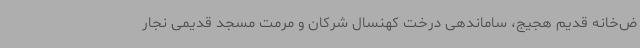
ض‌خانه قدیم هجیج، ساماندهی درخت کهنسال شرکان و مرمت مسجد قدیمی نجار